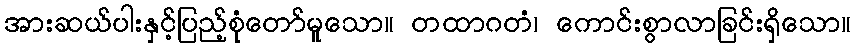
အားဆယ်ပါးနှင့်ပြည့်စုံတော်မူသော။ တထာဂတံ၊ ကောင်းစွာလာခြင်းရှိသော။